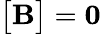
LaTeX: {\big[}{\mathbf B}{\big]}=\mathbf{0}